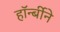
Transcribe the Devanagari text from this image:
हॉर्न्बीने